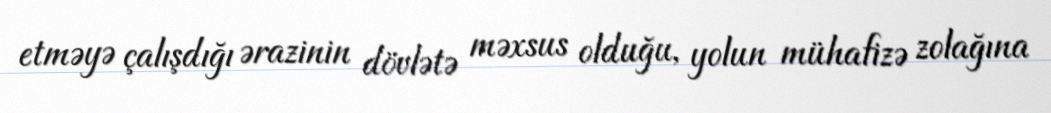
etməyə çalışdığı ərazinin dövlətə məxsus olduğu, yolun mühafizə zolağına